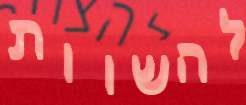
להשוות